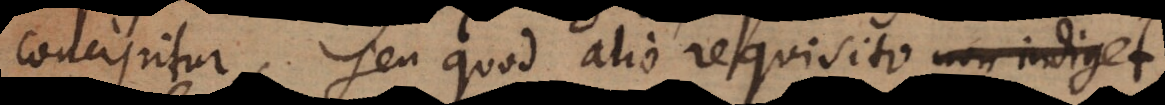
concipitur, seu quod alio requisito non indiget